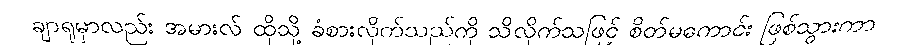
ချာရုမှာလည်း အမားလ် ထိုသို့ ခံစားလိုက်သည်ကို သိလိုက်သဖြင့် စိတ်မကောင်း ဖြစ်သွားကာ